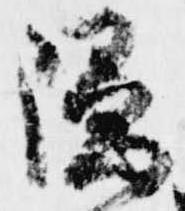
隠